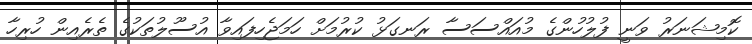
ކޮމިޝަނަރު ވަނީ ފުލުހުންގެ މުއައްސަސާ ރަނގަޅު ކުރުމަށް ހަމަޖެހިފައިވާ އުސޫލުތަކުގެ ތެރެއިން ހުރިހާ